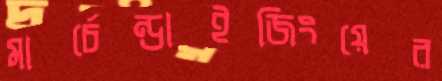
মার্চেন্ডাইজিংয়ের